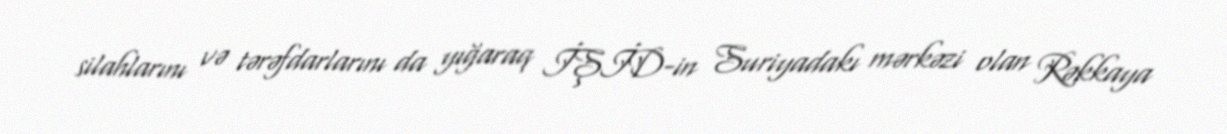
silahlarını və tərəfdarlarını da yığaraq İŞİD-in Suriyadakı mərkəzi olan Rəkkaya